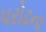
પરોઢના